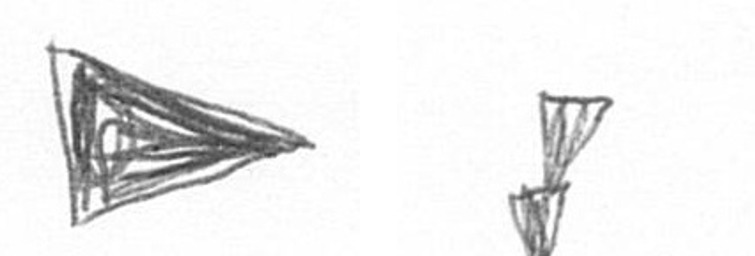
T Z